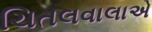
ચિતલવાલાએ